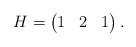
\begin{align*} H=\begin{pmatrix}1&2&1\end{pmatrix}.\end{align*}